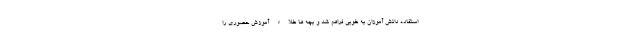
استفاده دانش آموزان به خوبی فراهم شد و بچه ها خلاء آموزش حضوری را